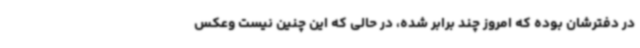
در دفترشان بوده که امروز چند برابر شده، در حالی که این چنین نیست وعکس